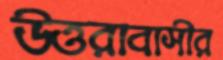
উত্তরাবাসীর